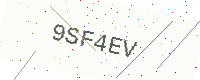
Text: 9SF4EV